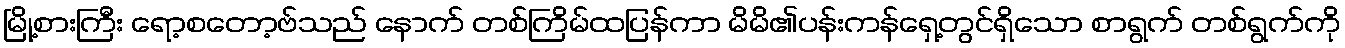
မြို့စားကြီး ရော့စတော့ဗ်သည် နောက် တစ်ကြိမ်ထပြန်ကာ မိမိ၏ပန်းကန်ရှေ့တွင်ရှိသော စာရွက် တစ်ရွက်ကို